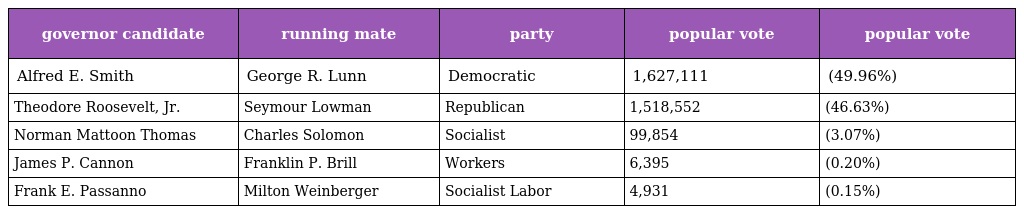
| governor candidate | running mate | party | popular vote | popular vote |
 | --- | --- | --- | --- | --- |
 | Alfred E. Smith | George R. Lunn | Democratic | 1,627,111 | (49.96%) |
 | Theodore Roosevelt, Jr. | Seymour Lowman | Republican | 1,518,552 | (46.63%) |
 | Norman Mattoon Thomas | Charles Solomon | Socialist | 99,854 | (3.07%) |
 | James P. Cannon | Franklin P. Brill | Workers | 6,395 | (0.20%) |
 | Frank E. Passanno | Milton Weinberger | Socialist Labor | 4,931 | (0.15%) |